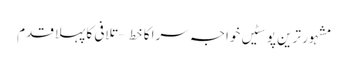
مشہور ترین پوسٹیں	خواجہ سرا کا خط – تلافی کا پہلا قدم